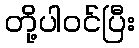
တို့ပါဝင်ပြီး